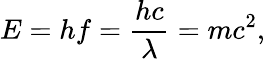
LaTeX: E=hf={\frac{hc}{\lambda}}=mc^{2},